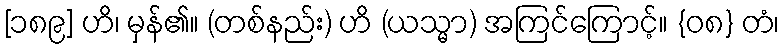
[၁၈၉] ဟိ၊ မှန်၏။ (တစ်နည်း) ဟိ (ယသ္မာ) အကြင်ကြောင့်။ {၀၈} တံ၊